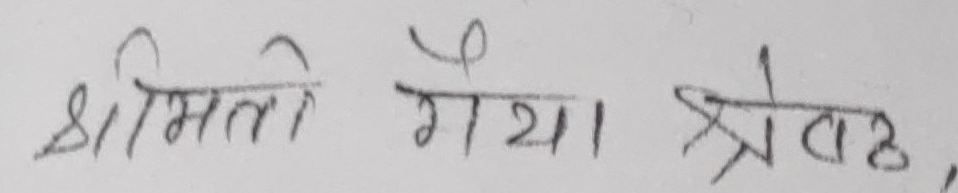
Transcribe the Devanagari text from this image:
श्रीमती गया श्रेष्ठ,